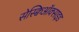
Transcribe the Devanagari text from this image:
सेस्क्विऑक्साइड